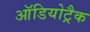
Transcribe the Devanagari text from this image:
ऑडियोट्रैक